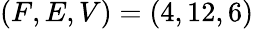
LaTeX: (F,E,V)=(4,12,6)